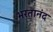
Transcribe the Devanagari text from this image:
भरतानंद